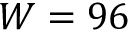
W = 9 6